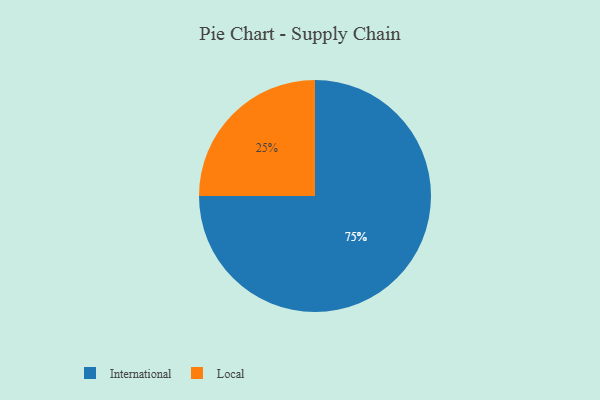
{"axis": {"x": "Category", "y": "Percentage"}, "legend": ["International", "Local"], "data": [{"x": "International", "y": 75, "type": "International"}, {"x": "Local", "y": 25, "type": "Local"}]}